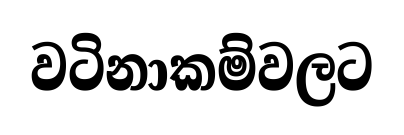
වටිනාකම්වලට